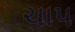
ચાપ